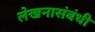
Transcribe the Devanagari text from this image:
लेखनासंबंधी